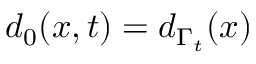
d _ { 0 } ( x , t ) = d _ { \Gamma _ { t } } ( x )